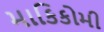
માકિકોમી